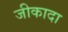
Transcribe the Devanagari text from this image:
जीकादा